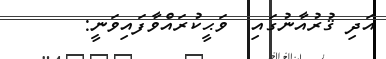
އަދި ޤުރުއާނުގައި  ވަޙީކުރައްވާފައިވަނީ: